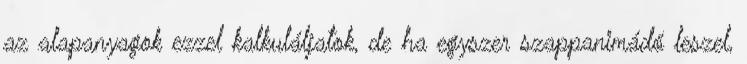
az alapanyagok ezzel kalkuláljatok, de ha egyszer szappanimádó leszel,